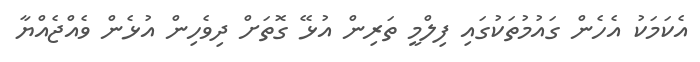
އެކަމަކު އެހެން ގައުމުތަކުގައި ފިލްމީ ތަރިން އުޅޭ ގޮތަށް ދިވެހިން އުޅެން ވެއްޖެއްޔާ